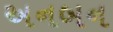
અનબન